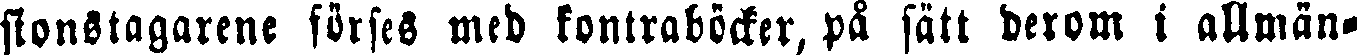
sionstagarene förses med kontraböcker, på sätt derom i allmän-